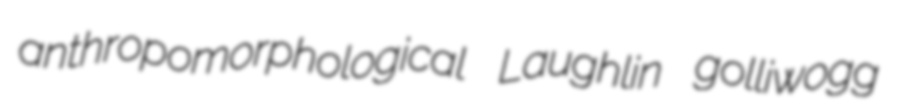
anthropomorphological Laughlin golliwogg